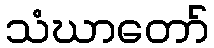
သံဃာတော်